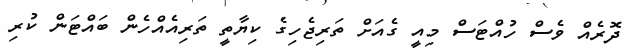
ދޮރެއް ވެސް ހުއްޓަސް މިއީ ގެއަަށް ތަރިޖެހިގެ ކިޔާތީ ތަރިއެއްހެން ބައްޓަން ކުރި